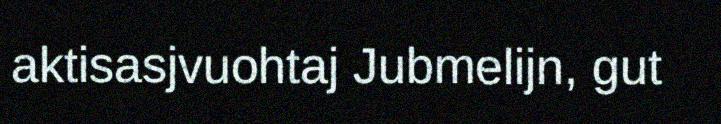
aktisasjvuohtaj Jubmelijn, gut